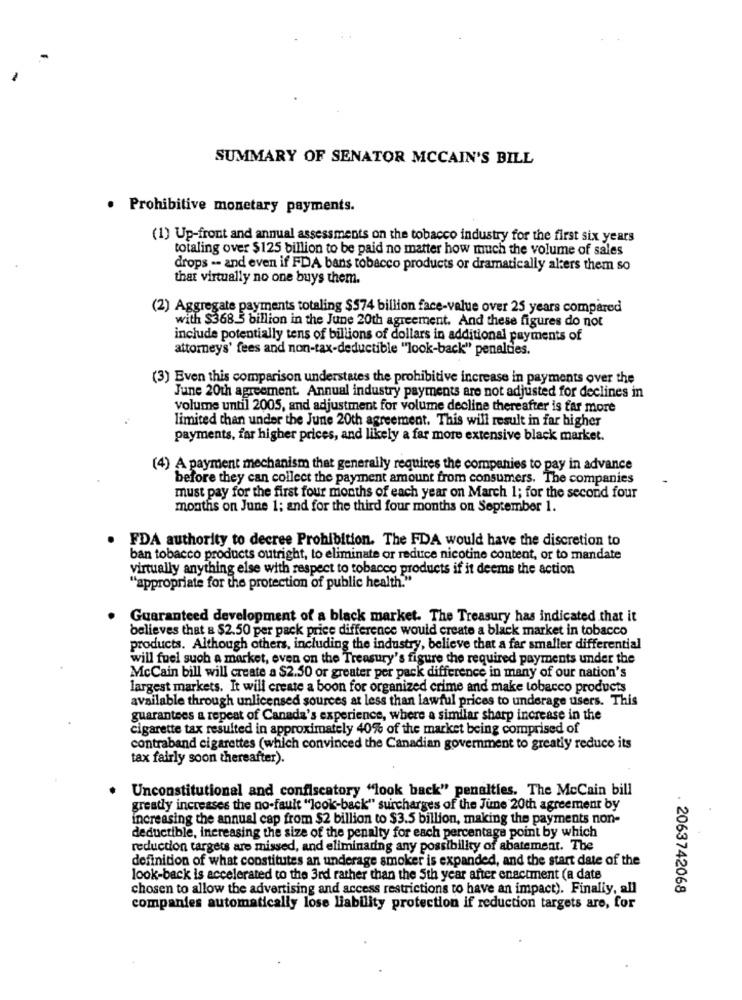
SUMMARY OF SENATOR MCCAIN'S BILL
· Prohibitive monetary payments.
(1) Up-front and annual assessments on the tobacco industry for the first six years
totaling over $125 billion to be paid no matter how much the volume of sales
drops -- and even if FDA bans tobacco products or dramatically alters them so
that virtually no one buys them.
(2) Aggregate payments totaling $574 billion face-value over 25 years compared
with $368.5 billion in the June 20th agreement. And these figures do not
include potentially tens of billions of dollars in additional payments of
attorneys' fees and non-tax-deductible ""look-back" penalties.
(3) Even this comparison understates the prohibitive increase in payments over the
June 20th agreement. Annual industry payments are not adjusted for declines in
volume until 2005, and adjustment for volume decline thereafter is far more
limited than under the June 20th agreement. This will result in far higher
payments, far higher prices, and likely a far more extensive black market.
(4) A payment mechanism that generally requires the companies to pay in advance
before they can collect the payment amount from consumers. The companies
must pay for the first four months of each year on March 1; for the second four
months on June 1; and for the third four months on September 1.
FDA authority to decree Prohibition. The FDA would have the discretion to
ban tobacco products outright, to eliminate or reduce nicotine content, or to mandate
virtually anything else with respect to tobacco products if it deems the action
"appropriate for the protection of public health."
Guaranteed development of a black market. The Treasury has indicated that it
believes that a $2.50 per pack price difference would create a black market in tobacco
products. Although others, including the industry, believe that a far smaller differential
will fuel such a market, even on the Treasury's figure the required payments under the
McCain bill will create a $2.50 or greater per pack difference in many of our nation's
largest markets. It will create a boon for organized crime and make tobacco products
available through unlicensed sources at less than lawful prices to underage users. This
guarantees a repeat of Canada's experience, where a similar sharp increase in the
cigarette tax resulted in approximately 40% of the market being comprised of
contraband cigarettes (which convinced the Canadian government to greatly reduce its
tax fairly soon thereafter).
Unconstitutional and confiscatory "look back" penalties. The McCain bill
greatly increases the no-fault "look-back" surcharges of the June 20th agreement by
increasing the annual cap from $2 billion to $3.5 billion, making the payments non-
deductible, increasing the size of the penalty for each percentage point by which
reduction targets are missed, and eliminating any possibility of abatement. The
definition of what constitutes an underage smoker is expanded, and the start date of the
look-back is accelerated to the 3rd rather than the 5th year after enactment (a date
chosen to allow the advertising and access restrictions to have an impact). Finally, all
2063742068
companies automatically lose liability protection if reduction targets are, for